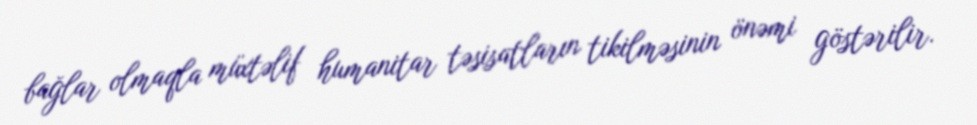
bağlar olmaqla müxtəlif humanitar təsisatların tikilməsinin önəmi göstərilir.